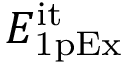
E _ { \mathrm { 1 p E x } } ^ { \mathrm { i t } }